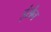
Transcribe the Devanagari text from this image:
इंसैन